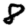
Digit: 8